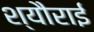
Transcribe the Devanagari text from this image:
श्यौराई